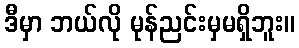
ဒီမှာ ဘယ်လို မုန်ညင်းမှမရှိဘူး။